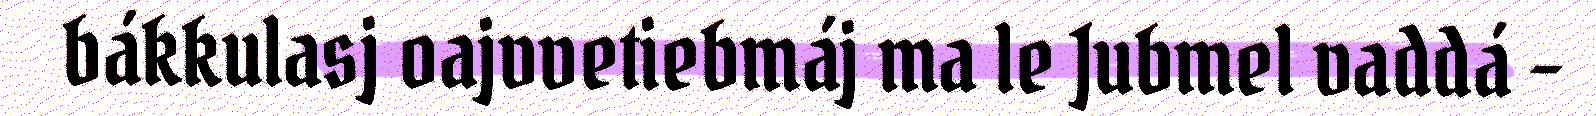
bákkulasj oajvvetiebmáj ma le Jubmel vaddá –